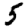
Digit: 5